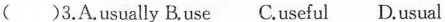
()3.A.usually B.use C.useful D.usual